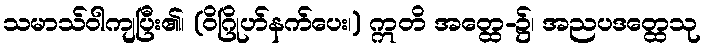
သမာသ်ဝါကျပြီး၏၊ (ဝိဂြိုဟ်နက်ပေး၊) ဣတိ အတ္ထေ-၌၊ အညပဒတ္ထေသု